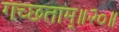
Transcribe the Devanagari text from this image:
गच्छताम्‌॥२०॥